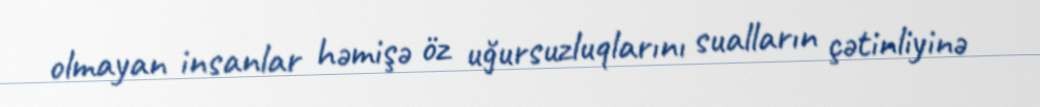
olmayan insanlar həmişə öz uğursuzluqlarını sualların çətinliyinə